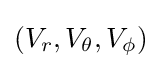
(V_{r},V_{\theta },V_{\phi })